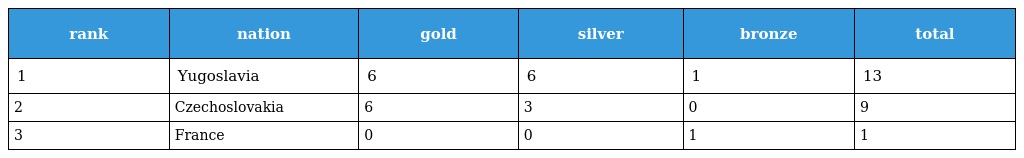
| rank | nation | gold | silver | bronze | total |
 | --- | --- | --- | --- | --- | --- |
 | 1 | Yugoslavia | 6 | 6 | 1 | 13 |
 | 2 | Czechoslovakia | 6 | 3 | 0 | 9 |
 | 3 | France | 0 | 0 | 1 | 1 |